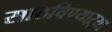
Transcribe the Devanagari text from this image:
साठविण्याऱ्या